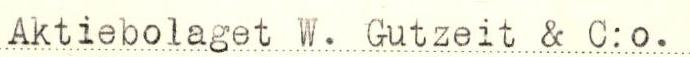
Aktiebolaget W. Gutzeit & C:o.